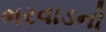
ભરવાડનો